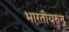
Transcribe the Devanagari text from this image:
भारतीयरुन